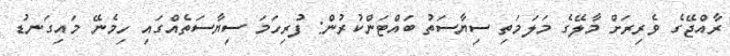
ރާއްޖޭގެ ވެރިރަށް މާލޭގެ މަލަމަތި ސިޔާސަތު ބައްޓަންކުރުން: ފުރިހަމަ ސިޔާސަތެއްގައި ހިމެނޭ މައިގަނޑު